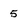
Character: 5